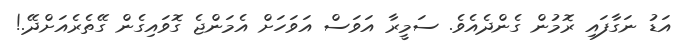
އަޑު ނަގާފައި ރޮމުން ގެންދެއެވެ. ސަމީރާ އަވަސް އަވަހަށް އެމަންޖެ ގޮވައިގެން ގޭތެރެއަށްދޭ.!